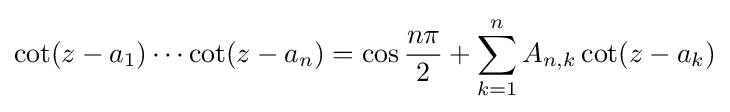
\cot(z-a_{1})\cdots \cot(z-a_{n})=\cos {\frac {n\pi }{2}}+\sum _{k=1}^{n}A_{n,k}\cot(z-a_{k})